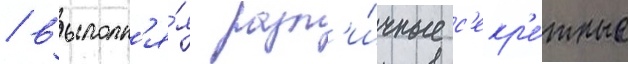
/ выполн'я́я разл'и́чные с'екр'е́тные